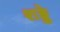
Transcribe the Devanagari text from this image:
शङ्के